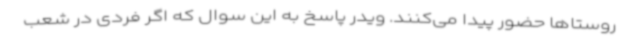
روستاها حضور پیدا می‌کنند. ویدر پاسخ به این سوال که اگر فردی در شعب